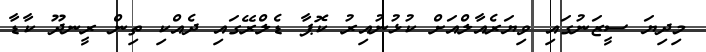
މިދިޔަ ސީޒަނުގައި ވިޔަރެއާލްއަށް ކުޅުނުއިރު ކޮޕާ ޑެލްރޭގައި ދެއްކި ތިން ރީނދޫ ކާޑާ